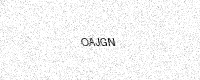
Text: OAJGN